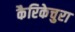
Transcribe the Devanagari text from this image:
कैरिकेचुरा